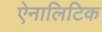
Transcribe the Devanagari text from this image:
ऐनालिटिक